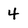
Character: 4